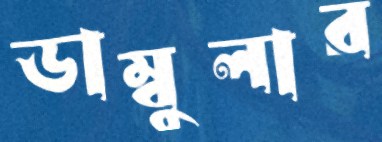
ডাম্বুলার